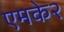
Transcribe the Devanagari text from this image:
एमके२